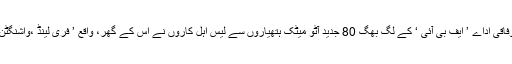
یہ بچہ جب 31 برس کا ہوا تو 8 دسمبر 1984ء کو امریکہ کے قانون نافذ کرنے والے وفاقی اداے ’ ایف بی آئی ‘ کے لگ بھگ 80 جدید آٹو میٹک ہتھیاروں سے لیس اہل کاروں نے اس کے گھر، واقع ’ فری لینڈ ،واشنگٹن ‘ ، کو گھیرا اور آگ لگانے والے دستی بم پھینک کر رابرٹ جے میتھیو سمیت جلا ڈالا ۔